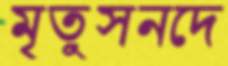
মৃতুসনদে